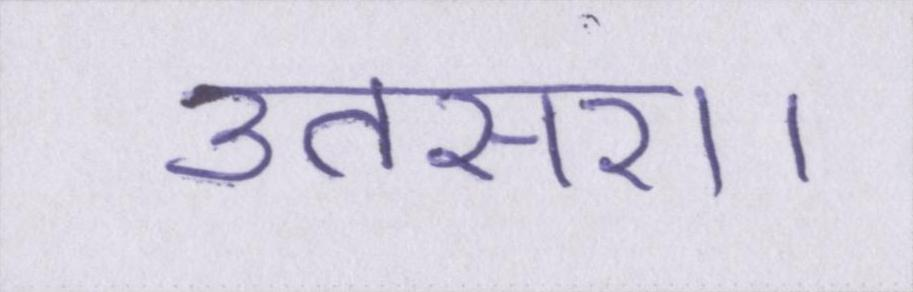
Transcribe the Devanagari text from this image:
उतसरा।